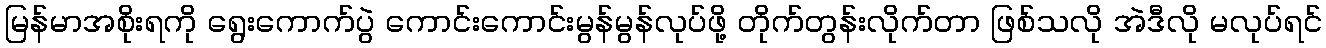
မြန်မာအစိုးရကို ရွေးကောက်ပွဲ ကောင်းကောင်းမွန်မွန်လုပ်ဖို့ တိုက်တွန်းလိုက်တာ ဖြစ်သလို အဲဒီလို မလုပ်ရင်